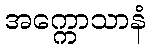
အက္ကောသာနံ